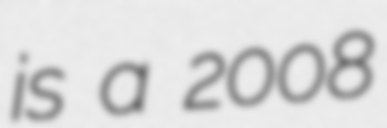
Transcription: is a 2008